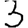
Digit: 3